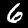
Digit: 6